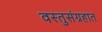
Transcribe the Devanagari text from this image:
वस्तुसंग्रहात